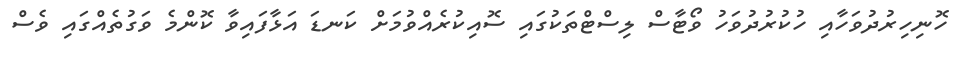
ހޮނިހިރުދުވަހާއި ހުކުރުދުވަހު ވޯޓާސް ލިސްޓްތަކުގައި ސޮއިކުރެއްވުމަށް ކަނޑަ އަޅާފައިވާ ކޮންމެ ވަގުތެއްގައި ވެސް